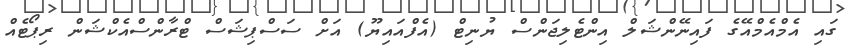
ގައި އެމްއެމްއޭގެ ފައިނޭންޝަލް އިންޓެލިޖަންސް ޔުނިޓް (އެފްއައިޔޫ) އަށް ސަސްޕިޝަސް ޓްރާންސްއެކްޝަން ރިޕޯޓެއް